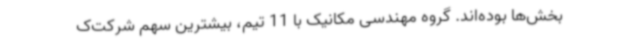
بخش‌ها بوده‌اند. گروه مهندسی مکانیک با 11 تیم، بیشترین سهم شرکت‌ک